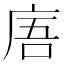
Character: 𢈪